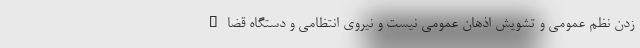
زدن نظم عمومی و تشویش اذهان عمومی نیست و نیروی انتظامی و دستگاه قضاء